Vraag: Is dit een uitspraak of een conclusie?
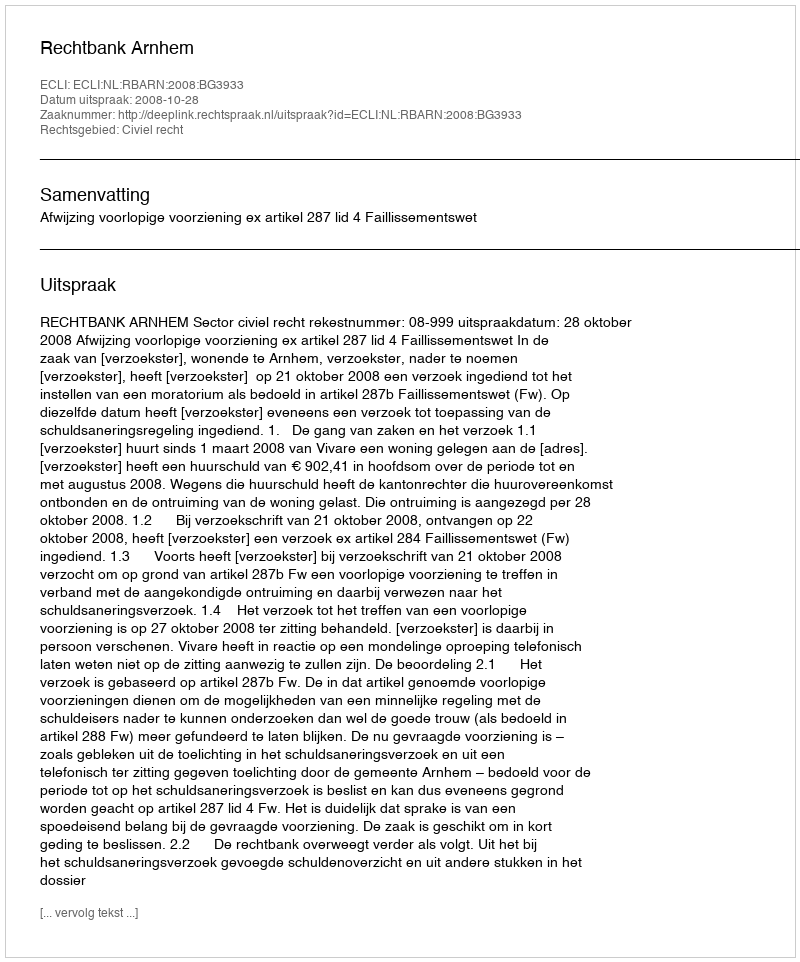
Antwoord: Uitspraak